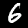
Label: 6